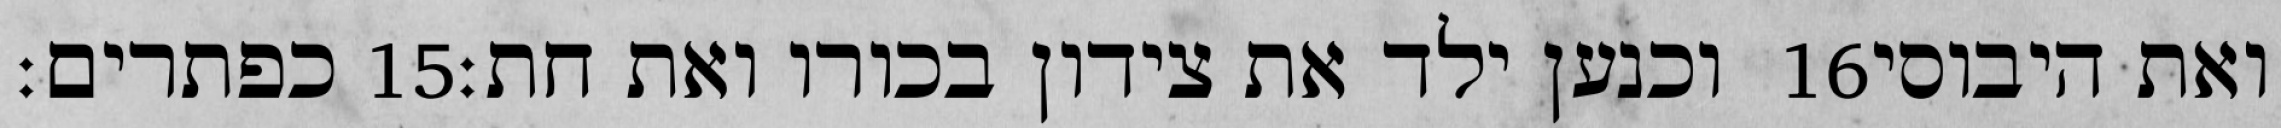
כפתרים׃ ‎15‏ וכנען ילד את צידון בכורו ואת חת׃ ‎16‏ ואת היבוסי